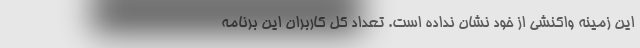
این زمینه واکنشی از خود نشان نداده است. تعداد کل کاربران این برنامه